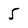
Character: 5